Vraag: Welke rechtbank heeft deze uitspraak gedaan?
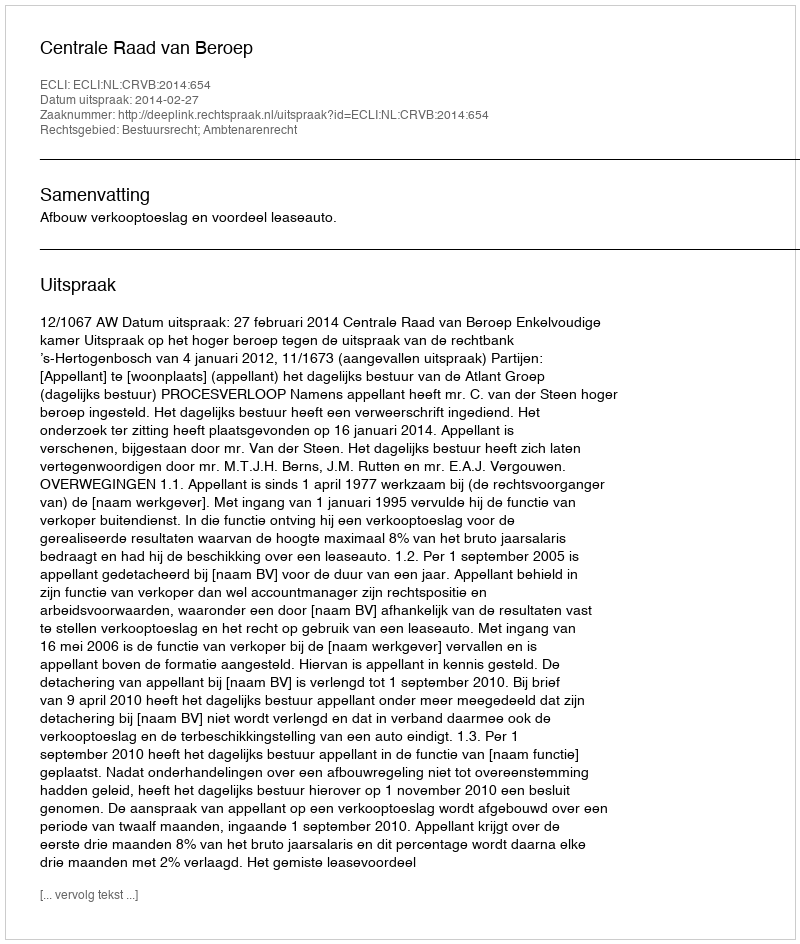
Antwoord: Centrale Raad van Beroep